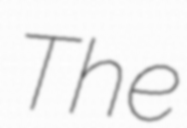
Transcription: The